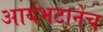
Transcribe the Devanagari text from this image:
आर्यभटानेच